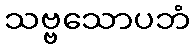
သဗ္ဗသောပဘံ